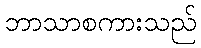
ဘာသာစကားသည်